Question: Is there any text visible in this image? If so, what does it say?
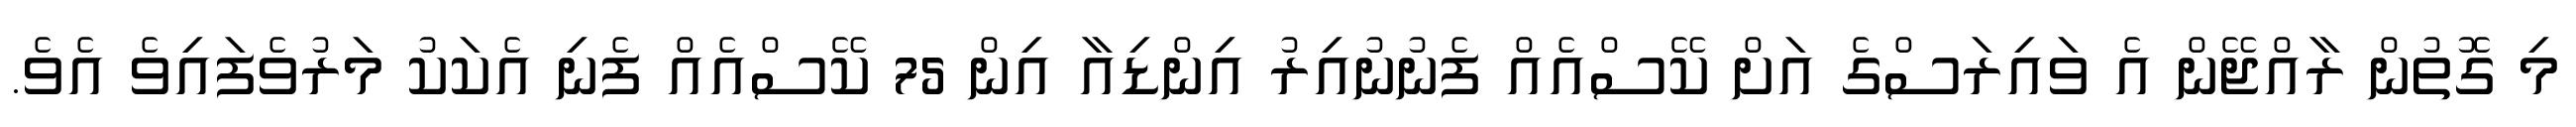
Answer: މި ގޮތުން ރާއްޖޭން އެ ވައިރަސްގެ އަށް ކޭސްއެއް ފެނުނުއިރު އިންޑިއާ އިން 75 ކޭސްއެއް ފެނި އެކަކު މަރުވެފައިވެ އެވެ.